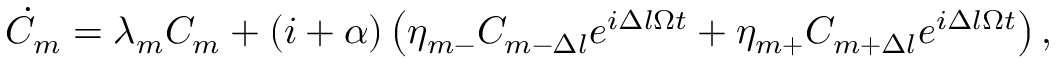
\begin{array} { r } { \dot { C } _ { m } = \lambda _ { m } C _ { m } + ( i + \alpha ) \left( \eta _ { m - } C _ { m - \Delta l } e ^ { i \Delta l \Omega t } + \eta _ { m + } C _ { m + \Delta l } e ^ { i \Delta l \Omega t } \right) , } \end{array}